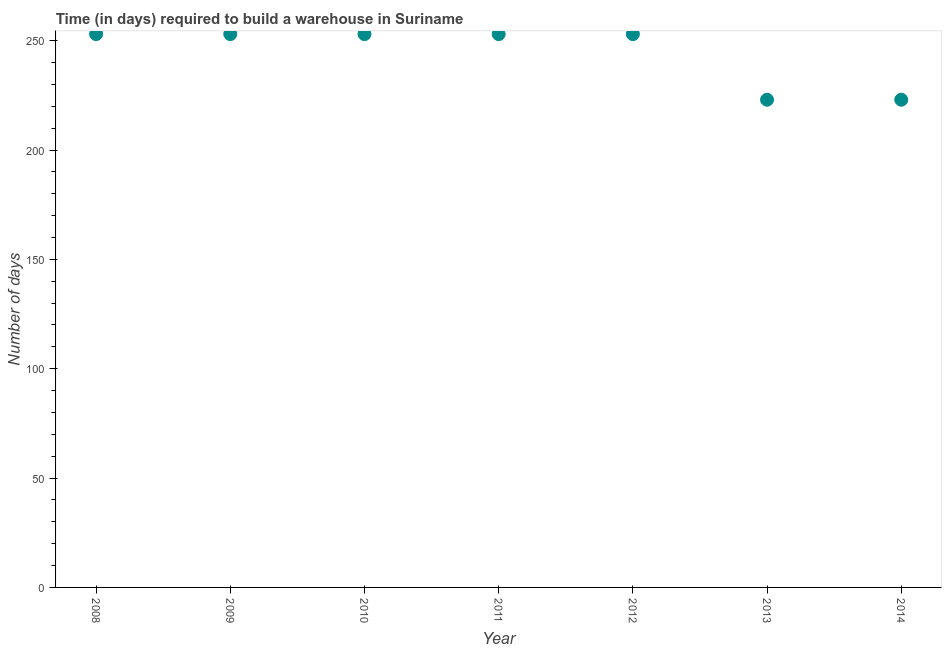
| Year | Time required to build a warehouse |
 | --- | --- |
 | 2008 | 253 |
 | 2009 | 253 |
 | 2010 | 253 |
 | 2011 | 253 |
 | 2012 | 253 |
 | 2013 | 223 |
 | 2014 | 223 |